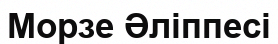
Морзе Әліппесі